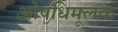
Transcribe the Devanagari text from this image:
ओषधिमूलक